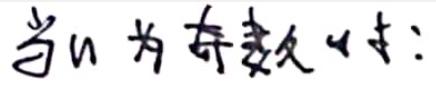
当$n$为奇数时：